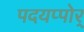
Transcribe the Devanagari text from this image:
पदयप्पोर्